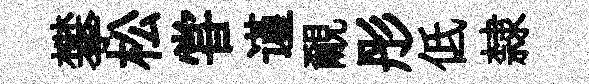
攀松甞谨覼彤低隸